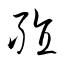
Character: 殖